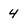
Character: 4